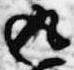
返